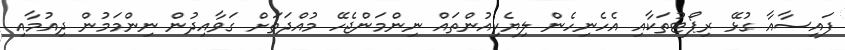
ފައިސާއާ ގުޅޭ ރިޕޯޓުތަކާއި އެހެނިހެން ލިޔެކިއުންތައް ނިންމަންޖެހޭ މުއްދަތަށް ގަވާއިދުން ނިންމަމުން ދިއުމާއި